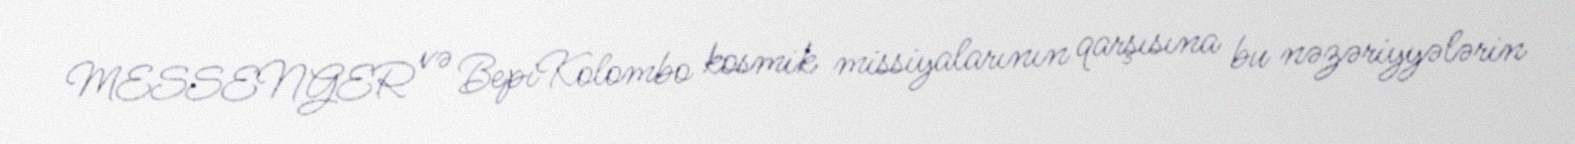
MESSENGER və BepiKolombo kosmik missiyalarının qarşısına bu nəzəriyyələrin